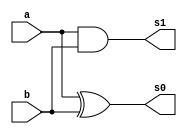
// ---------------------
// Exemplo 05_01 - soma completa de 3 bits
// Nome: Jlio Czar Taveira Arajo
// ---------------------

// ---------------------
// -- meia soma
// ---------------------

module meiasoma (s0, s1, a, b);
 output s0, s1;
 input a, b;
 
 
 xor XOR1(s0, a, b);
 and AND1(s1, a, b); 

endmodule // meiasoma


module somacompleta (s0, s1, vaium, a, b);

 output s0, s1;
 input vaium, a, b;
 wire w1, w2, w3; 
 
meiasoma MS1 (w1, w2, a, b);
meiasoma MS2 (s0, w3, w1, vaium);
or (s1, w3, w2);

endmodule // somacompleta

// ---------------------
// -- SOMA 3 bits
// ---------------------

module soma3 (s3, s2, s1, s0, a0, a1, a2, b0, b1, b2);

input a0, a1, a2, b0, b1, b2;
output s3, s2, s1, s0;
                                                                                                          
meiasoma MS1 (s0, c1, a0, b0);
somacompleta SC1 (s1, c2, a1, b1, c1);
somacompleta SC2 (s2, s3, a2, b2, c2);

endmodule //soma
 

// ---------------------
// --  TESTE SOMA 
// ---------------------

module testesoma;

reg a0, a1, a2, b0, b1, b2;
wire s3, s2, s1, s0;

soma3 S1(s3, s2, s1, s0, a0, a1, a2, b0, b1, b2);

  initial begin:start
   a0=0; a1=0; a2=0;
	b0=0; b1=0; b2=0;
  end

  initial begin: main
 
  
	 $display("Exercicio 05-01 - Julio Cezar Taveira Araujo - 380776");
      $display("Test SomaCompleta DE 3 bits");      
      $display("aaa + bbb = ssss\n");
	   $monitor("%b%b%b + %b%b%b = %b%b%b%b", a2, a1, a0, b2, b1, b0, s3, s2, s1, s0);
     
   #1
	a0=0; a1=0; a2=1;
	b0=0; b1=0; b2=1;
   #1
	a0=0; a1=1; a2=1;
	b0=1; b1=0; b2=0;
  #1
  a0=1; a1=0; a2=1;
  b0=0; b1=0; b2=1;	
	
    
  end
endmodule //testsoma